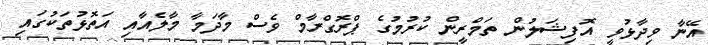
އޭނާ ވިދާޅުވީ އޮފިޝަލުން ތަމްރީން ކުރުމުގެ ޕްރޮގްރާމް ވެސް މާދަމާ މާލެއާއި އަތޮޅުތަކުގައި